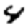
Digit: 4